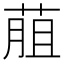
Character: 𦳎